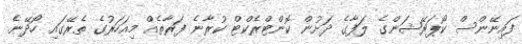
ފައިނޭންސް ކޯޕަރޭޝަންގެ ލަފާގެ ދަށުން ކޮންޓްރެކްޓް ކުރާނެ ފަރާތެއް މިއަހަރުގެ ތެރޭގައި ހޯދޭނެ.